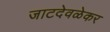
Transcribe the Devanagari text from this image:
जाटदेवळेकर